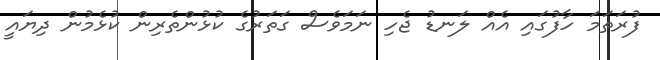
ފުރަތަމަ ހާފުގައި އެއް ލަނޑު ޖެހި ނަމަވެސް ގަތަރުގެ ކުޅުންތެރިން ކުޅެމުން ދިޔައީ